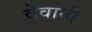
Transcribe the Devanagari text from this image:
देवानी